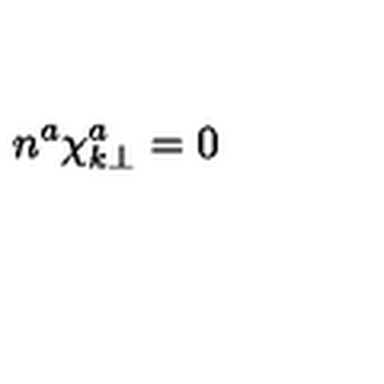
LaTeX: n ^ { a } \chi _ { k \bot } ^ { a } = 0